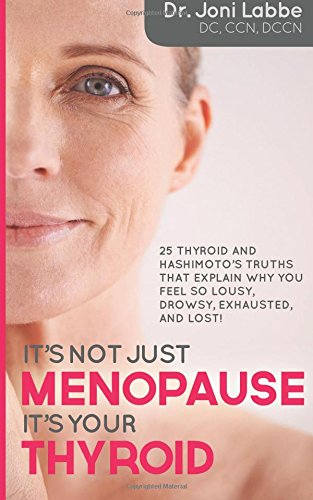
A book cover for It's Not Just Menopause; It's Your Thyroid!: 25 Thyroid and Hashimoto's Truths That Explain Why You Feel So Lousy, Drowsy, Exhausted, and Lost!; Dr. Joni Labbe; Health, Fitness & Dieting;